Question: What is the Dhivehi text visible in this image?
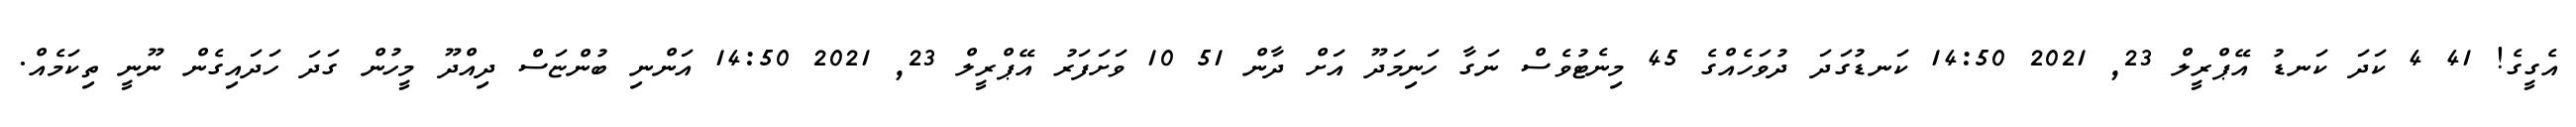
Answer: އެގީގެ! 41 4 ކަދަ ކަނޑު އޭޕްރީލް 23, 2021 14:50 ކަނޑުގަދަ ދުވަހެއްގެ 45 މިނެޓުވެސް ނަގާ ހަނިމަދޫ އަށް ދާން 51 10 ވަށަފަރު އޭޕްރީލް 23, 2021 14:50 އަންނި ބުންޏަސް ދިއްދޫ މީހުން ގަދަ ހަދައިގެން ނޫނީ ތިކަމެއް.